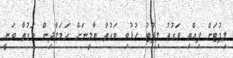
ލިފުޓަށް ފިއްތި ވަގުތު ލިފުޓު ހުޅުވި ވަގުތާ ޔާމީނަށް ހަމަލާދިން ވަގުތާ ވަނީ